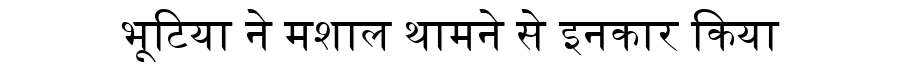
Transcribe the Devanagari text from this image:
भूटिया ने मशाल थामने से इनकार किया